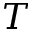
T